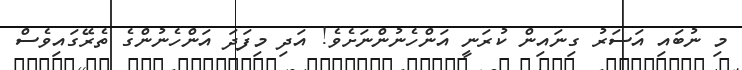
މި ނުބައި އަސަރު ގިނައިން ކުރަނީ އަންހެނުންނަށެވެ! އަދި މިފަދަ އަންހެނުންގެ ތެރޭގައިވެސް